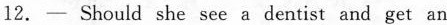
12.- Should she see a dentist and get an